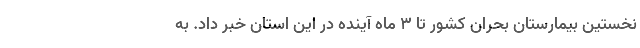
نخستین بیمارستان بحران کشور تا 3 ماه آینده در این استان خبر داد. به